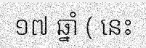
១៧ ឆ្នាំ ( នេះ